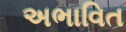
અભાવિત